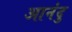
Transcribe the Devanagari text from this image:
आनंदु